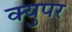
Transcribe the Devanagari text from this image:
क्युपर